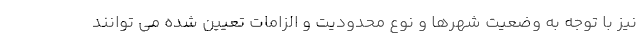
نیز با توجه به وضعیت شهرها و نوع محدودیت و الزامات تعیین شده می توانند